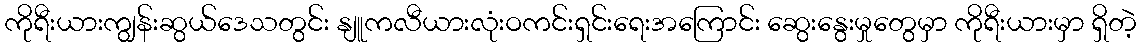
ကိုရီးယားကျွန်းဆွယ်ဒေသတွင်း နျူကလီယားလုံးဝကင်းရှင်းရေးအကြောင်း ဆွေးနွေးမှုတွေမှာ ကိုရီးယားမှာ ရှိတဲ့